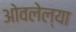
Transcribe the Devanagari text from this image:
ओवलेल्या